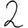
Digit: 2